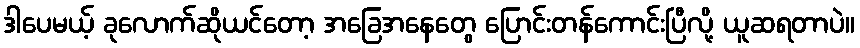
ဒါပေမယ့် ခုလောက်ဆိုယင်တော့ အခြေအနေတွေ ပြောင်းတန်ကောင်းပြီလို့ ယူဆရတာပဲ။